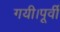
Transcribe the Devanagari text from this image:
गयी।पूर्वी